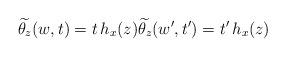
LaTeX: \begin{align*}\widetilde{\theta_z} (w,t) = t \, h_x (z) \widetilde{\theta_z} (w',t') = t' \, h_x (z)\end{align*}